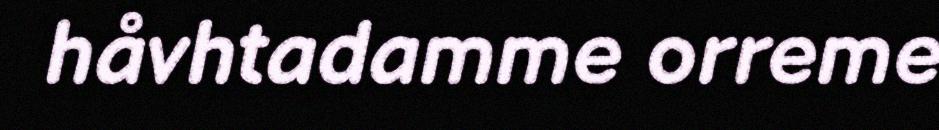
håvhtadamme orreme